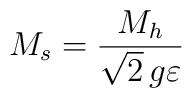
M_s=\frac{M_h}{\sqrt{2}\, g\varepsilon}